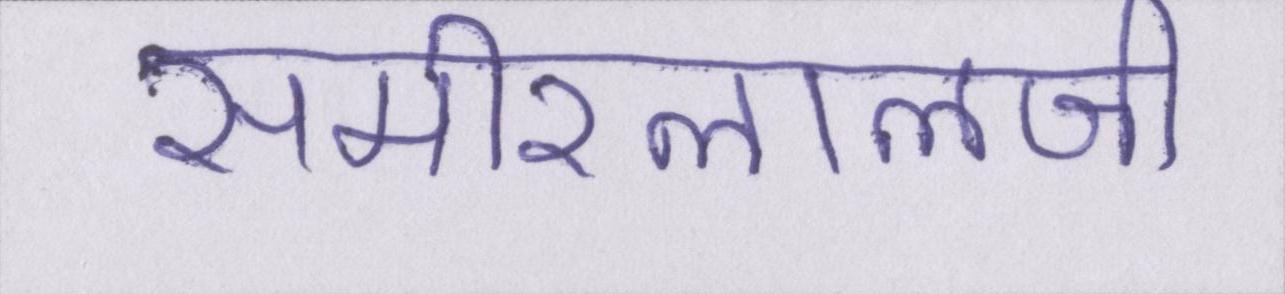
समीरलालजी